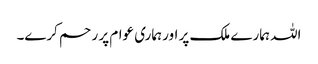
اللہ ہمارے ملک پر اور ہماری عوام پر ر حم کرے۔